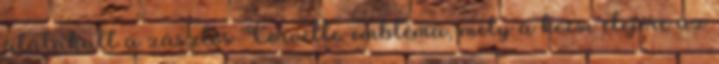
átalakult a zászlós Corvette-embléma, mely a kocsi elejére az